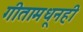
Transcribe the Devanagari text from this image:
गीतामधूनही